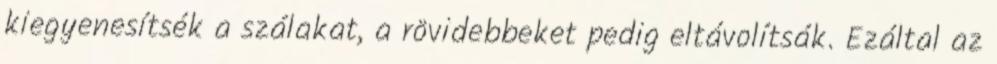
kiegyenesítsék a szálakat, a rövidebbeket pedig eltávolítsák. Ezáltal az